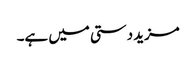
مزید دستی میں ہے۔